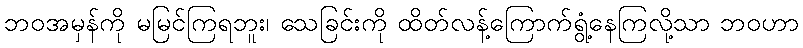
ဘဝအမှန်ကို မမြင်ကြရဘူး၊ သေခြင်းကို ထိတ်လန့်ကြောက်ရွံ့နေကြလို့သာ ဘဝဟာ